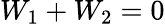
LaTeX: W_{1}+W_{2}=0